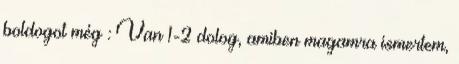
boldogot még : Van 1-2 dolog, amiben magamra ismertem,